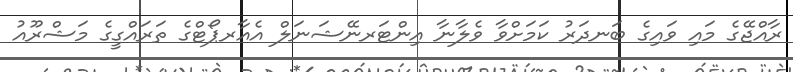
ރާއްޖޭގެ މައި ވައިގެ ބަނދަރު ކަމަށްވާ ވެލާނާ އިންޓަރނޭޝަނަލް އެއާރޕޯޓްގެ ތަރައްގީގެ މަޝްރޫއު